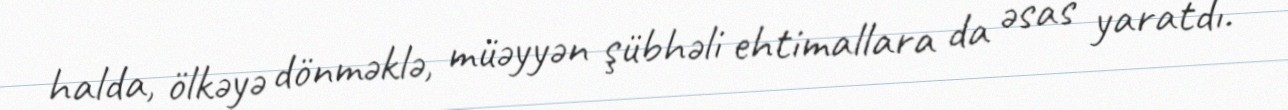
halda, ölkəyə dönməklə, müəyyən şübhəli ehtimallara da əsas yaratdı.